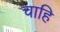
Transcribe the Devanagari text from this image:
चाहि